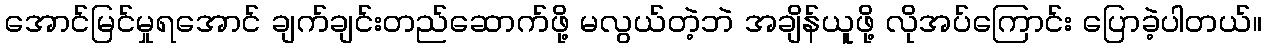
အောင်မြင်မှုရအောင် ချက်ချင်းတည်ဆောက်ဖို့ မလွယ်တဲ့ဘဲ အချိန်ယူဖို့ လိုအပ်ကြောင်း ပြောခဲ့ပါတယ်။